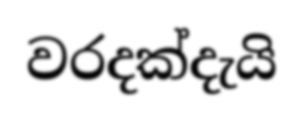
වරදක්දැයි